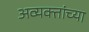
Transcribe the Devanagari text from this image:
अव्यक्तांच्या